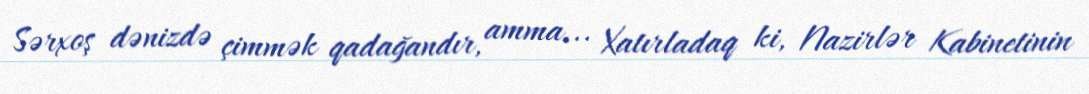
Sərxoş dənizdə çimmək qadağandır, amma... Xatırladaq ki, Nazirlər Kabinetinin